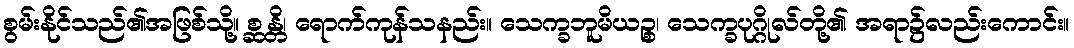
စွမ်းနိုင်သည်၏အဖြစ်သို့။ စ္ဆန္တိ၊ ရောက်ကုန်သနည်း။ သေက္ခဘူမိယဉ္စ၊ သေက္ခပုဂ္ဂိုလ်တို့၏ အရာ၌လည်းကောင်း။